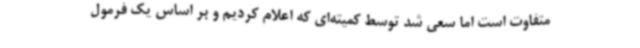
متفاوت است اما سعی شد توسط کمیته‌ای که اعلام کردیم و بر اساس یک فرمول